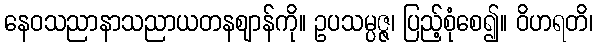
နေဝသညာနာသညာယတနဈာန်ကို။ ဥပသမ္ပဇ္ဇ၊ ပြည့်စုံစေ၍။ ဝိဟရတိ၊